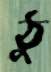
ঠু